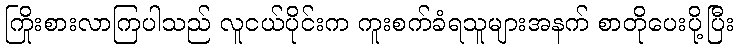
ကြိုးစားလာကြပါသည် လူငယ်ပိုင်းက ကူးစက်ခံရသူများအနက် စာတိုပေးပို့ပြီး